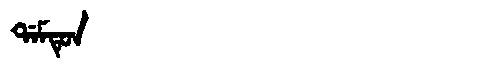
Manchu: ᡩᠠᠮᡨᡠᠨ
Romanization: DAMTUN